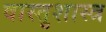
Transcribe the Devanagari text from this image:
वास्‍तुशास्‍त्र